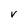
Character: V